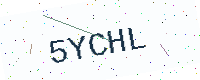
Text: 5YCHL